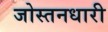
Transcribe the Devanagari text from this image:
जोस्तनधारी